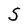
Character: S